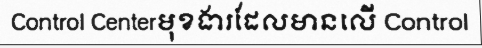
Control Centerមុខងារដែលមានលើ Control